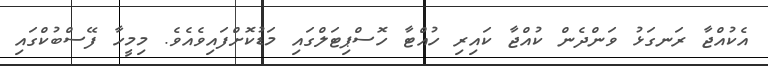
އެކުއްޖާ ރަނގަޅު ވަންދެން ކުއްޖާ ކައިރި ހުއްޓާ ހޮސްޕިޓަލްގައި މަޑުކޮށްފައިވެއެވެ. މިމީހާ ފޭސްބުކްގައި